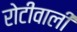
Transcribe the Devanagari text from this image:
रोटीवाली